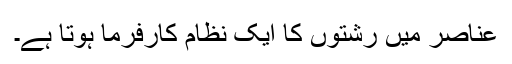
عناصر میں رشتوں کا ایک نظام کارفرما ہوتا ہے۔